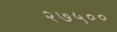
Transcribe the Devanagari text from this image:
२७५००